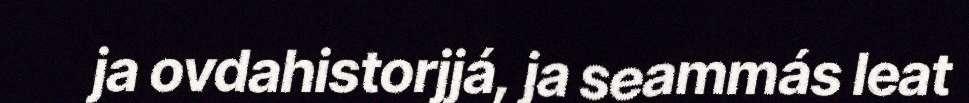
ja ovdahistorjjá, ja seammás leat